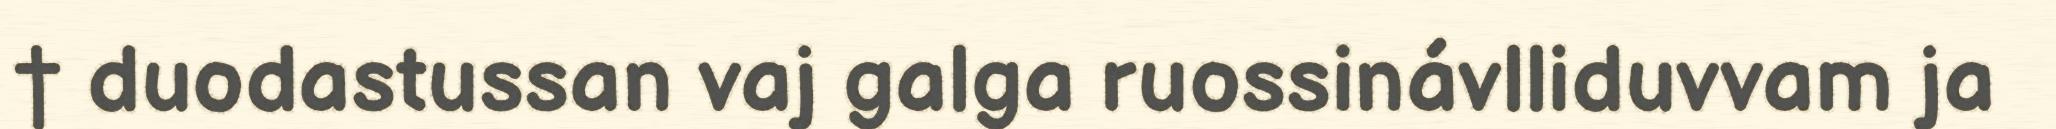
† duodastussan vaj galga ruossinávlliduvvam ja